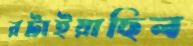
রটাইয়াছিল